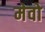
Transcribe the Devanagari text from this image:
मेवो